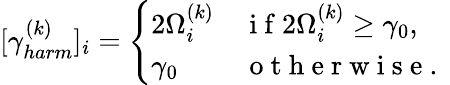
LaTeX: [\gamma_{harm}^{(k)}]_{i}=\left\{ \begin{array}{ll}{2\Omega_{i}^{(k)}}&{\mathrm{~i~f~}2\Omega_{i}^{(k)}\geq\gamma_{0},}\\ {\gamma_{0}}&{\mathrm{~o~t~h~e~r~w~i~s~e~.~}}\end{array}\right.